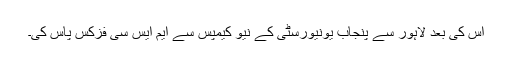
اس کی بعد لاہور سے پنجاب یونیورسٹی کے نیو کیمپس سے ایم ایس سی فزکس پاس کی۔